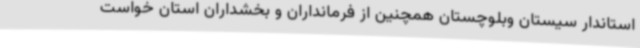
استاندار سیستان وبلوچستان همچنین از فرمانداران و بخشداران استان خواست